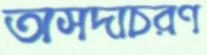
অসদাচরণ